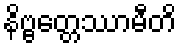
နိဗ္ဗတ္တေဿာမီတိ